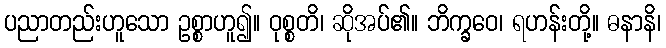
ပညာတည်းဟူသော ဥစ္စာဟူ၍။ ဝုစ္စတိ၊ ဆိုအပ်၏။ ဘိက္ခဝေ၊ ရဟန်းတို့။ ဓနာနိ၊